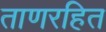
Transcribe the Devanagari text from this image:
ताणरहित